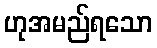
ဟုအမည်ရသော